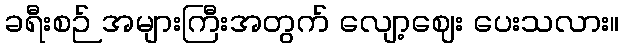
ခရီးစဉ် အများကြီးအတွက် လျော့ဈေး ပေးသလား။